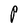
Character: P